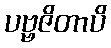
ပဗ္ဗဇိတာပိ